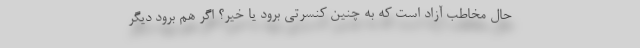
حال مخاطب آزاد است که به چنین کنسرتی برود یا خیر؟ اگر هم برود دیگر